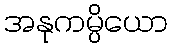
အနုကမ္ပိယော